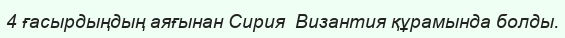
4 ғасырдыңдың аяғынан Сирия  Византия құрамында болды.